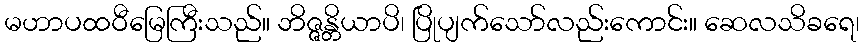
မဟာပထဝီမြေကြီးသည်။ ဘိဇ္ဇန္တိယာပိ၊ ပြိုပျက်သော်လည်းကောင်း။ ဆေလသိခရေ၊